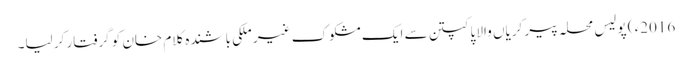
2016ء ) پولیس محلہ پیر کریاں والا پاکپتن سے ایک مشکوک غیر ملکی باشندہ کلام خان کو گرفتار کر لیا۔